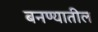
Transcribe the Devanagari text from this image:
बनण्यातील